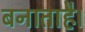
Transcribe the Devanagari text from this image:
बनाताहै।